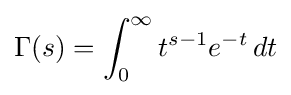
\Gamma (s)=\int _{0}^{\infty }t^{s-1}e^{-t}\,dt